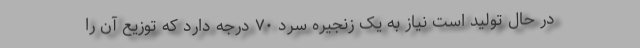
در حال تولید است نیاز به یک زنجیره سرد ۷۰ درجه دارد که توزیع آن را